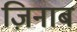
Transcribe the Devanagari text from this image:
ज़िनाब